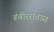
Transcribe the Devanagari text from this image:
हंबीररावास